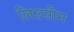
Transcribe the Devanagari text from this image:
लिउसीन